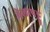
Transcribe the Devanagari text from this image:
नेलापट्टु